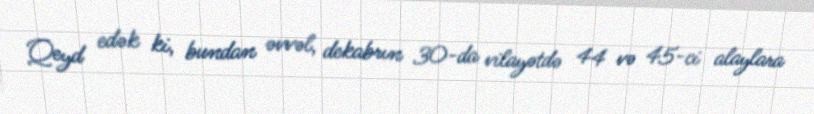
Qeyd edək ki, bundan əvvəl, dekabrın 30-da vilayətdə 44 və 45-ci alaylara